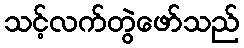
သင့်လက်တွဲဖော်သည်